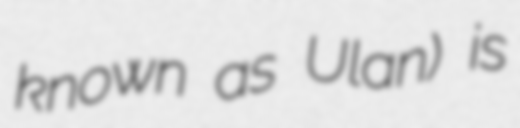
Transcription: known as Ulan) is